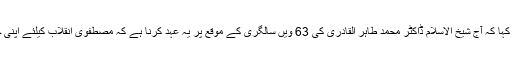
انہوں نے کارکنوں سے کہا کہ آج شیخ الاسلام ڈاکٹر محمد طاہر القادری کی 63 ویں سالگری کے موقع پر یہ عہد کرنا ہے کہ مصطفوی انقلاب کیلئے اپنی جوانیاں بھی لٹا دیں گے۔